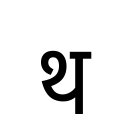
OCR:
थ